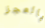
بالعجز